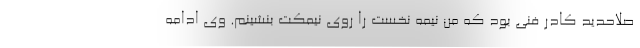
صلاحدید کادر فنی بود که من نیمه نخست را روی نیمکت بنشینم. وی ادامه